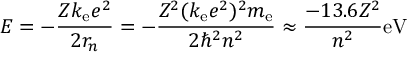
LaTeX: E = - { \frac { Z k _ { \mathrm { e } } e ^ { 2 } } { 2 r _ { n } } } = - { \frac { Z ^ { 2 } ( k _ { \mathrm { e } } e ^ { 2 } ) ^ { 2 } m _ { \mathrm { e } } } { 2 \hbar ^ { 2 } n ^ { 2 } } } \approx { \frac { - 1 3 . 6 Z ^ { 2 } } { n ^ { 2 } } } \mathrm { e V }